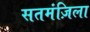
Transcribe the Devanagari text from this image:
सतमंज़िला